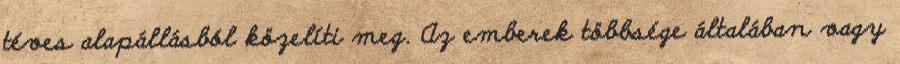
téves alapállásból közelíti meg. Az emberek többsége általában vagy